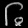
Digit: ၆